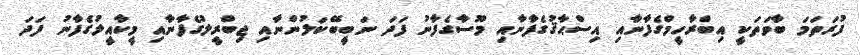
ފުރަތަމަ ބާވަތަކީ އިބްރާހީމްގެފާނާއި އިސްޙާޤުގެފާނާއި މޫސާގެފާނު ފަދަ ނަބީބޭކަލުންނާއި ޖިބްރީލުގެފާނާއި މީކާއީލުގެފާނު ފަދަ